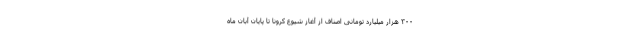
۳۰۰ هزار میلیارد تومانی اصناف از آغاز شیوع کرونا تا پایان آبان ماه